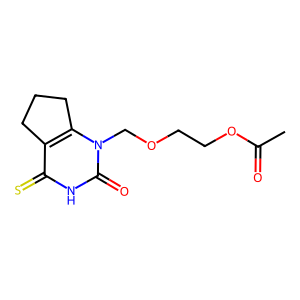
SMILES: CC(=O)OCCOCn1c2c(c(=S)[nH]c1=O)CCC2
Inhibits HIV replication: No